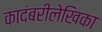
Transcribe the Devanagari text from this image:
कादंबरीलेखिका